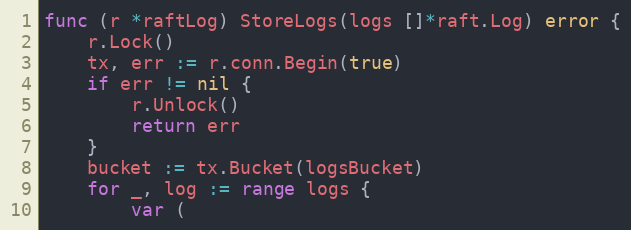
Language: Go
func (r *raftLog) StoreLogs(logs []*raft.Log) error {
	r.Lock()
	tx, err := r.conn.Begin(true)
	if err != nil {
		r.Unlock()
		return err
	}
	bucket := tx.Bucket(logsBucket)
	for _, log := range logs {
		var (